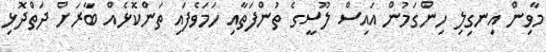
މާވިން އިނގިލި ހިންގަމުން އައިސް ލޫސީގެ ތުންފަތާއި ހަމަވެފައި ތަންކޮޅެއް ބާރަށް ދަތްދޮޅި